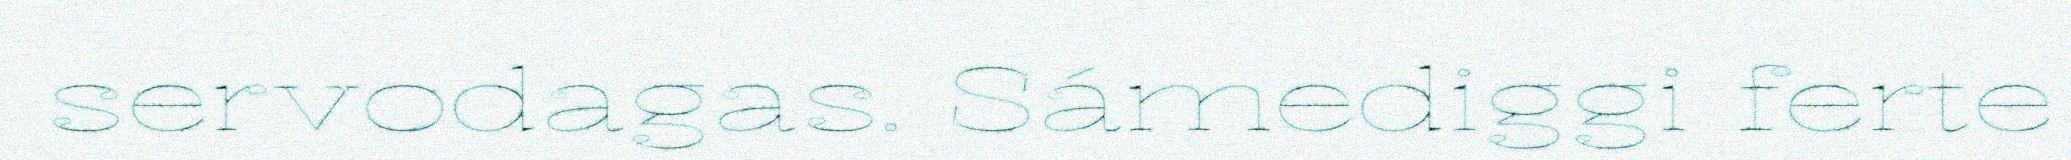
servodagas. Sámediggi ferte